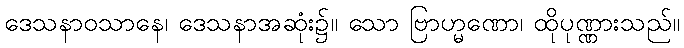
ဒေသနာဝသာနေ၊ ဒေသနာအဆုံး၌။ သော ဗြာဟ္မဏော၊ ထိုပုဏ္ဏားသည်။